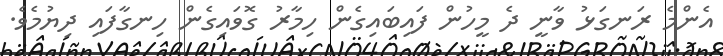
އެންމެ ރަނގަޅު ވާނީ ދެ މީހުން ފައިބައިގެން ހިމާރު ގޮވައިގެން ހިނގާފައި ދިޔުމެވެ.